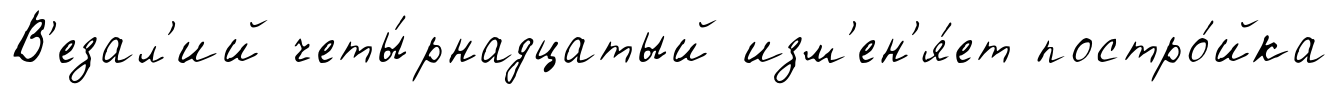
В'езал'ий четы́рнадцатый изм'ен'я́ет постро́йка